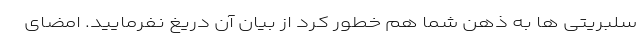
سلبریتی ها به ذهن شما هم خطور کرد از بیان آن دریغ نفرمایید. امضای